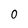
Character: 0